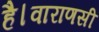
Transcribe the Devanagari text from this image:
है।वाराणसी